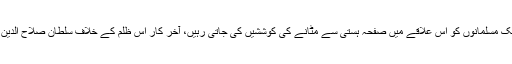
اس دوران 88 سال تک مسلمانوں کو اس علاقے میں صفحہ ہستی سے مٹانے کی کوششیں کی جاتی رہیں، آخر کار اس ظلم کے خلاف سلطان صلاح الدین ایوبی کی تلوار اُٹھی۔